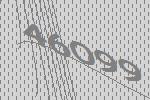
46099